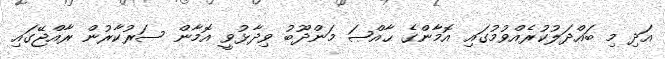
އަދި މި ބައްދަލުކުރެއްވުމުގައި އޮމާންގެ ޙާއްޞަ މަންދޫބު ވިދާޅުވީ އޮމާން ސަރުކާރުން ރާއްޖޭގައި